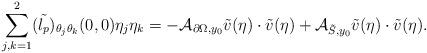
LaTeX: \begin{align*}\begin{array}{c}\displaystyle\sum_{j,k=1}^2(\tilde{l_p})_{\theta_j\theta_k}(0,0)\eta_j\eta_k=-{\cal A}_{\partial\Omega, y_0}\tilde{v}(\eta)\cdot\tilde{v}(\eta)+{\cal A}_{\tilde{S},y_0}\tilde{v}(\eta)\cdot\tilde{v}(\eta).\end{array}\end{align*}